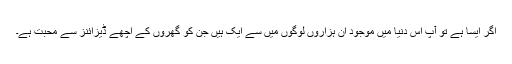
اگر ایسا ہے تو آپ اِس دنیا میں موجود ان ہزاروں لوگوں میں سے ایک ہیں جن کو گھروں کے اچھے ڈیزائنز سے محبت ہے۔